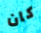
كان